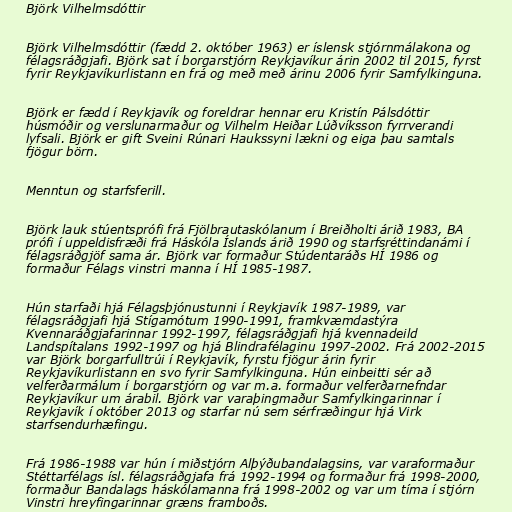
Björk Vilhelmsdóttir

Björk Vilhelmsdóttir (fædd 2. október 1963) er íslensk stjórnmálakona og
félagsráðgjafi. Björk sat í borgarstjórn Reykjavíkur árin 2002 til 2015, fyrst
fyrir Reykjavíkurlistann en frá og með með árinu 2006 fyrir Samfylkinguna.

Björk er fædd í Reykjavík og foreldrar hennar eru Kristín Pálsdóttir
húsmóðir og verslunarmaður og Vilhelm Heiðar Lúðvíksson fyrrverandi
lyfsali. Björk er gift Sveini Rúnari Haukssyni lækni og eiga þau samtals
fjögur börn.

Menntun og starfsferill.

Björk lauk stúentsprófi frá Fjölbrautaskólanum í Breiðholti árið 1983, BA
prófi í uppeldisfræði frá Háskóla Íslands árið 1990 og starfsréttindanámi í
félagsráðgjöf sama ár. Björk var formaður Stúdentaráðs HÍ 1986 og
formaður Félags vinstri manna í HÍ 1985-1987.

Hún starfaði hjá Félagsþjónustunni í Reykjavík 1987-1989, var
félagsráðgjafi hjá Stígamótum 1990-1991, framkvæmdastýra
Kvennaráðgjafarinnar 1992-1997, félagsráðgjafi hjá kvennadeild
Landspítalans 1992-1997 og hjá Blindrafélaginu 1997-2002. Frá 2002-2015
var Björk borgarfulltrúi í Reykjavík, fyrstu fjögur árin fyrir
Reykjavíkurlistann en svo fyrir Samfylkinguna. Hún einbeitti sér að
velferðarmálum í borgarstjórn og var m.a. formaður velferðarnefndar
Reykjavíkur um árabil. Björk var varaþingmaður Samfylkingarinnar í
Reykjavík í október 2013 og starfar nú sem sérfræðingur hjá Virk
starfsendurhæfingu.

Frá 1986-1988 var hún í miðstjórn Alþýðubandalagsins, var varaformaður
Stéttarfélags ísl. félagsráðgjafa frá 1992-1994 og formaður frá 1998-2000,
formaður Bandalags háskólamanna frá 1998-2002 og var um tíma í stjórn
Vinstri hreyfingarinnar græns framboðs.